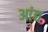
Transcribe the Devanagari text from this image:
आंद्य